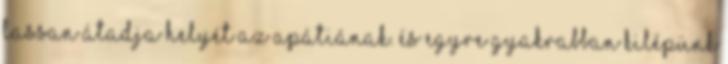
lassan átadja helyét az apátiának. És egyre gyakrabban kilépünk